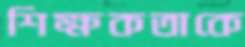
শিক্ষকতাকে